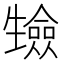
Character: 𭺷